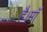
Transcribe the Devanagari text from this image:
है।माॅ